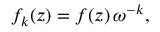
f _ { k } ( z ) = f ( z ) \, \omega ^ { - k } ,